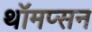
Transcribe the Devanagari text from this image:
थॉमप्सन